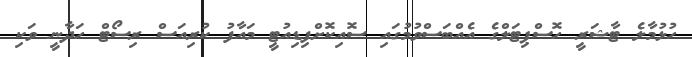
ހުޅުމާލެ ޓާޝަރީ ހޮސްޕިޓަލްގެ އެއްބަސްވުމުގައި ސޮއިކޮށްފިޑިއުޓީ މައާފު ކުރިއަސް ރިސޯޓް ހަދާނީ ވަކި